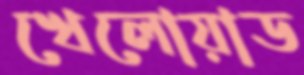
খেলোয়াড